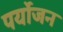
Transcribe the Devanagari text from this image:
पर्योजन